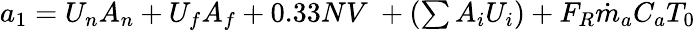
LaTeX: \begin{array}{r}{a_{1}=U_{n}A_{n}+U_{f}A_{f}+0.33NV\ +(\sum{A_{i}U_{i}})+F_{R}{\dot{m}}_{a}C_{a}T_{0}}\end{array}